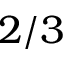
2 / 3